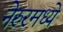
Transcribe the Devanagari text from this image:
नेरुरमध्ये